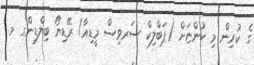
ގެ ކުރިން މި ކުންޏަށް (ޕަބްލިކް ސަރވިސް މީޑިއާ/ ރޭޑިޔޯ ބިލްޑިންގ މ.